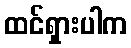
ထင်ရှားပါက